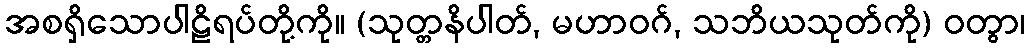
အစရှိသောပါဠိရပ်တို့ကို။ (သုတ္တနိပါတ်, မဟာဝဂ်, သဘိယသုတ်ကို) ဝတွာ၊